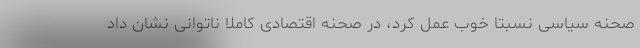
صحنه سیاسی نسبتا خوب عمل کرد، در صحنه اقتصادی کاملا ناتوانی نشان داد